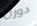
دورن